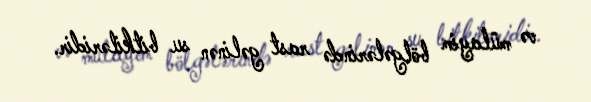
və mülayim bölgələrində rast gəlinən su bitkiləridir.